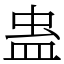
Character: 蛊